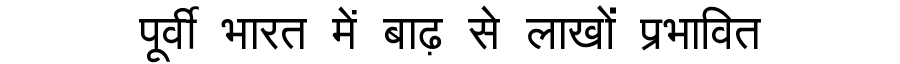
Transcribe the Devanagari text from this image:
पूर्वी भारत में बाढ़ से लाखों प्रभावित